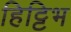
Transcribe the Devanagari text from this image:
हिट्टिभ